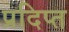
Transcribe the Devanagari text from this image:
प्रदिप्त